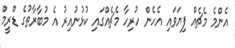
އެންމެ މެޗެއް ފިޔަވައި އެހެން ހުރިހާ މެޗެއްގައި ކުޅުނުއިރު އެ މުބާރާތުގެ ޑްރީމް